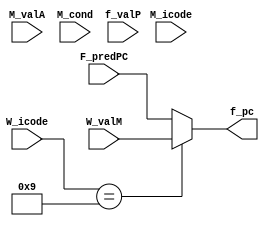

module select_pc(input [63:0]W_valM,
                input [63:0]M_valA,
                input M_cond,
                input [3:0]W_icode,
                input [3:0]M_icode,
                input [63:0]f_valP,
                input [63:0]F_predPC,
                output reg  [63:0]f_pc);


always @(*)
begin 
    if(W_icode == 4'b1001)
    begin
        f_pc <= W_valM;
    end
    else if(M_icode == 4'b0111 && M_cond == 0)// check the icode for jump
    begin 
        f_pc <= F_predPC;   
    end
    else
    begin
        f_pc <= F_predPC;
    end

end
endmodule